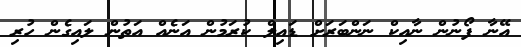
އޭނާ ފޯނުން ނާއިކް ނަންބަރަށް ޑައިލް ކުރަމުން އަނެއް އަތުން ލައިގެން ހުރި